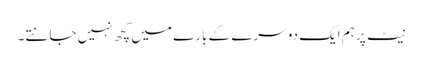
نیٹ پر ہم ایک دوسرے کے بارے میں کچھ نہیں جانتے۔